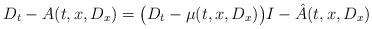
LaTeX: \begin{align*}D_t-{ A}(t,x,D_x)=\big(D_t-\mu(t,x,D_x)\big)I-{\hat A}(t,x,D_x)\end{align*}